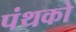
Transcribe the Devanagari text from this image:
पंथको